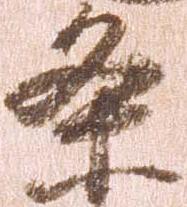
条